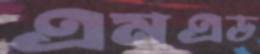
এমএড